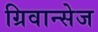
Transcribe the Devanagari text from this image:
ग्रिवान्सेज